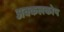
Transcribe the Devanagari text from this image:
अक्कलकोप